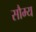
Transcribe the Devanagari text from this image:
सौम्‍य